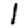
Digit: 1